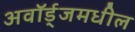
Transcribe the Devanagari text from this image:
अवॉर्ड्‌जमधील